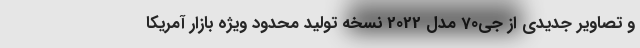
و تصاویر جدیدی از جی70 مدل 2022 نسخه تولید محدود ویژه بازار آمریکا